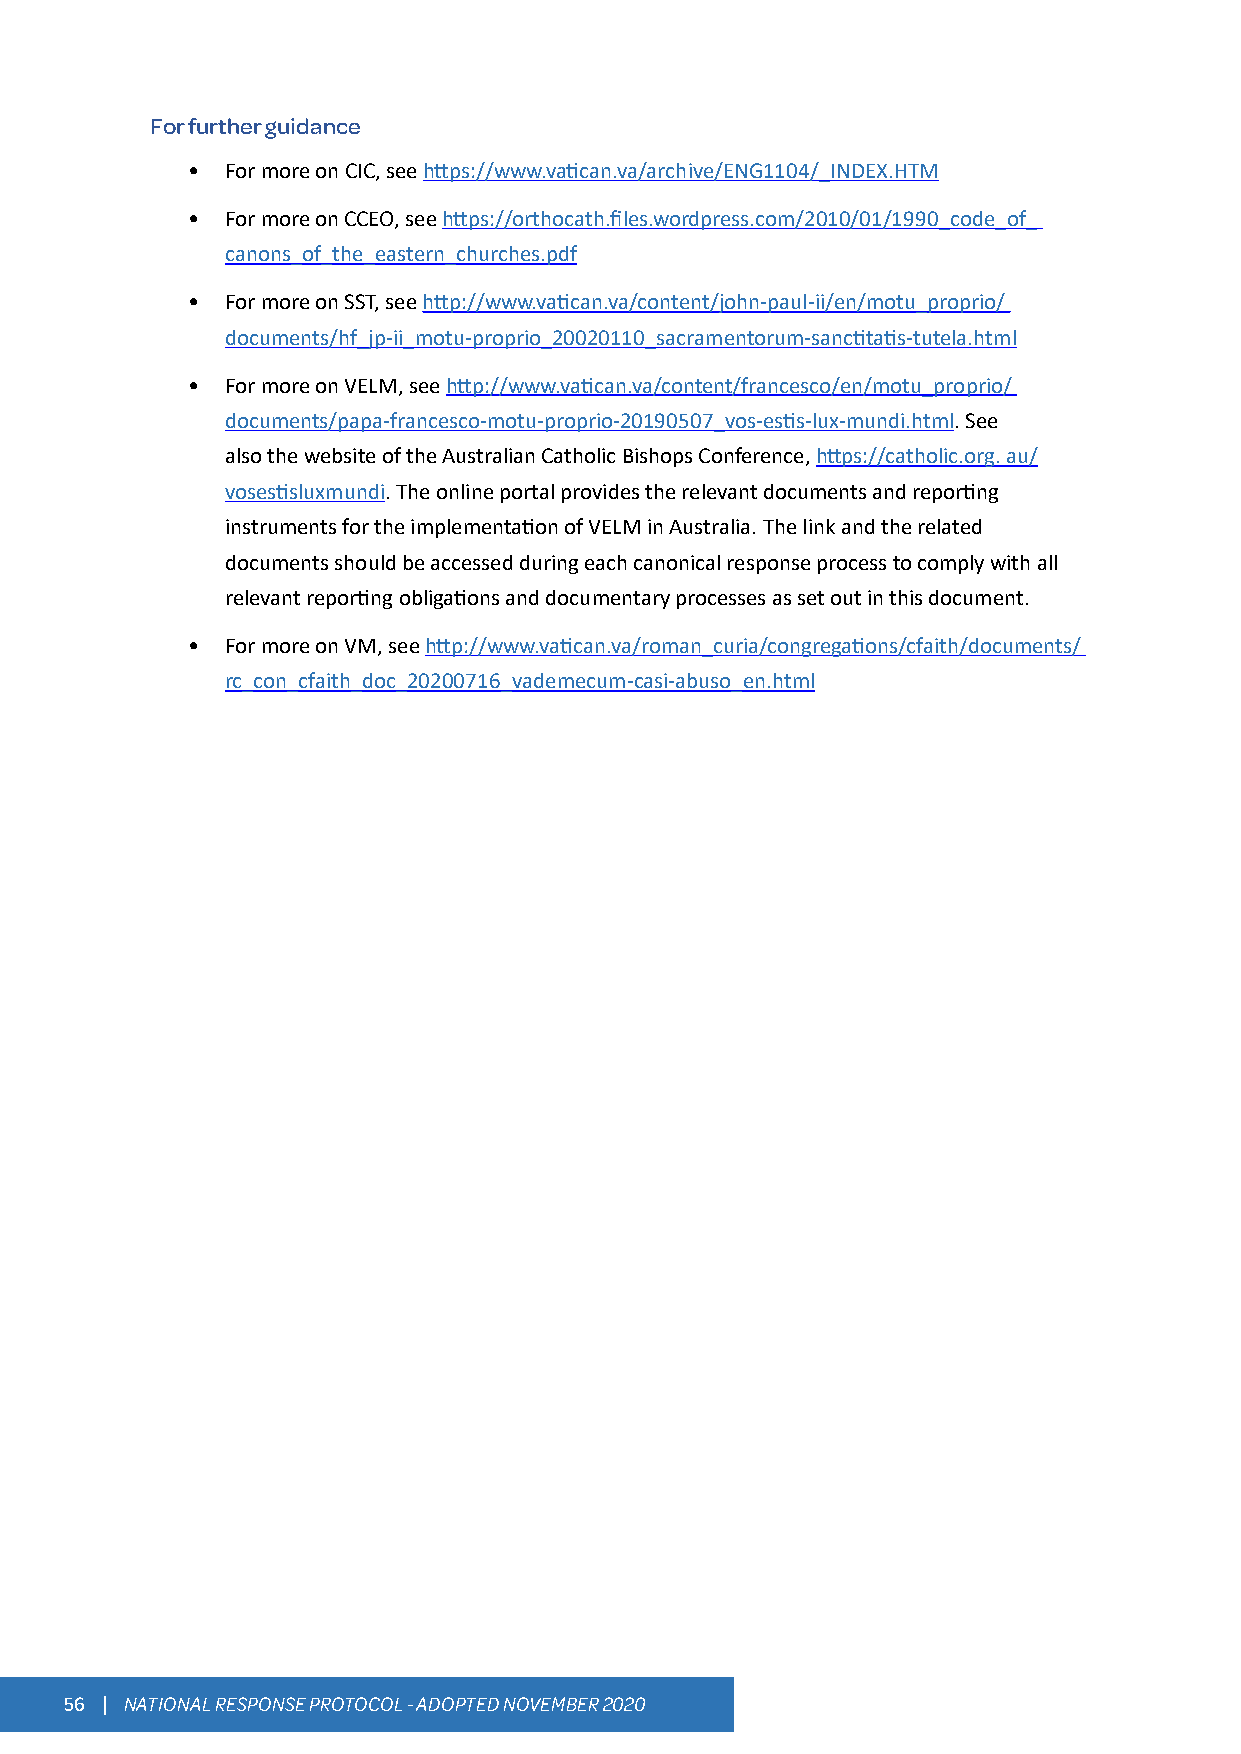
For further guidance
 •  For more on CIC, see https://www.vatican.va/archive/ENG1104/_INDEX.HTM
 •  For more on CCEO, see https://orthocath.files.wordpress.com/2010/01/1990_code_of_
 canons_of_the_eastern_churches.pdf
 •  For more on SST, see http://www.vatican.va/content/john-paul-ii/en/motu_proprio/
 documents/hf_jp-ii_motu-proprio_20020110_sacramentorum-sanctitatis-tutela.html
 •  For more on VELM, see http://www.vatican.va/content/francesco/en/motu_proprio/
 documents/papa-francesco-motu-proprio-20190507_vos-estis-lux-mundi.html. See
 also the website of the Australian Catholic Bishops Conference, https://catholic.org. au/
 vosestisluxmundi. The online portal provides the relevant documents and reporting
 instruments for the implementation of VELM in Australia. The link and the related
 documents should be accessed during each canonical response process to comply with all
 relevant reporting obligations and documentary processes as set out in this document.
 •  For more on VM, see http://www.vatican.va/roman_curia/congregations/cfaith/documents/
 rc_con_cfaith_doc_20200716_vademecum-casi-abuso_en.html
 56 | NATIONAL RESPONSE PROTOCOL - ADOPTED NOVEMBER 2020